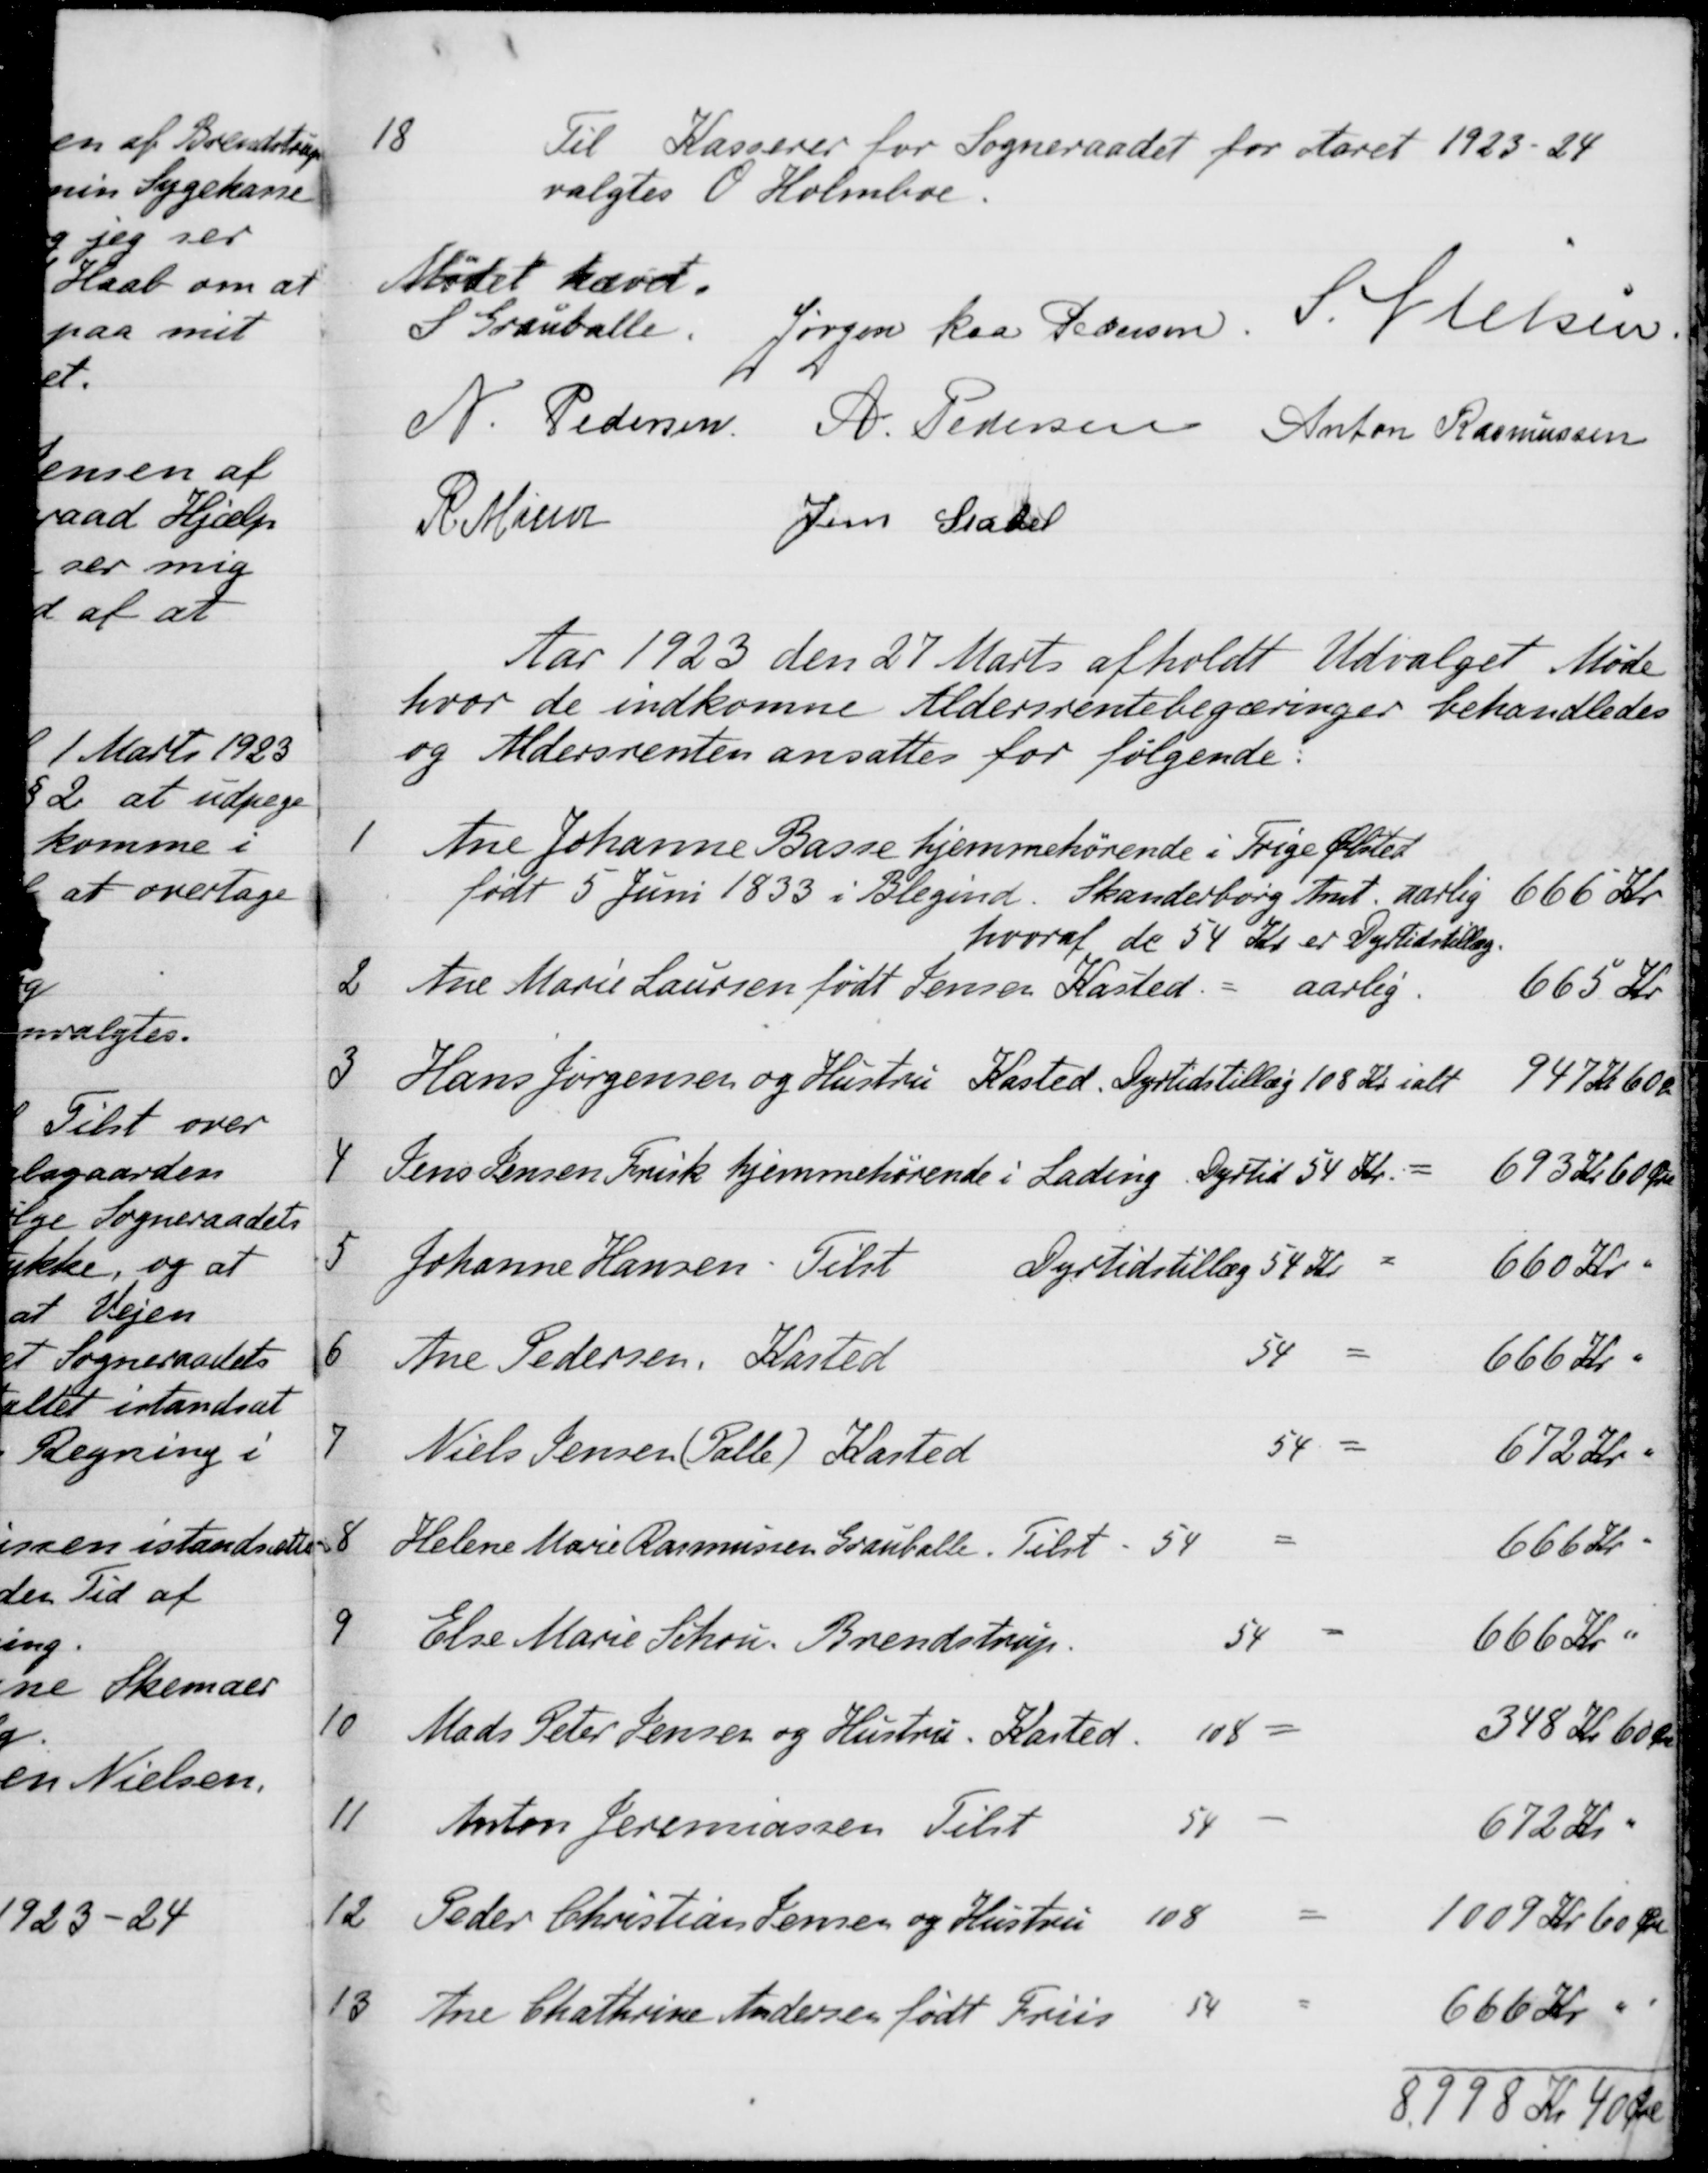
Transskription:
18
Til Kasserer for Sogneraadet for Aaret 1923-24
valgtes O. Holmboe.
Mødet hævet.
S Grauballe.
Jørgen Kaa Pedersen.
S. Nielsen.
N. Pedersen
A. Pedersen
Anton Rasmussen
R. Mainz
Jens Stabel
Aar 1923 den 27 Marts afholdt Udvalget Møde
hvor de indkomne Aldersrentebegæringer behandledes
og Aldersrenten ansattes for følgende:
1
Ane Johanne Basse hjemmehørende i Trige Ølsted
født 5 Juni 1833 i Blegind. Skanderborg Amt. aarlig 666 Kr.
hvoraf de 54 Kr. er Dyrtidstillæg.
2
Ane Marie Laursen født Jensen Kasted
aarlig
665 Kr
3
Hans Jørgensen og Hustru Kasted. Dyrtidstillæg 108 Kr. ialt
947 Kr. 60 Ø
4
Jens Jensen Frisk hjemmehørende i Lading Dyrtid 54 Kr
693 Kr 60 Øre
5
Johanne Hansen. Tils
54 Kr
660 Kr. "
6.
Ane Pedersen,Kasted
54
666 Kr. "
7
Niels Jensen (Palle) Kasted
54
672 Kr. "
8
Helene Marie Rasmussen Grauballe. Tilst
54
666 Kr "
9
Else Marie Schou, Brendstrup
54
666 Kr.
10
Mads Peter Jensen og Hustru. Kasted
108
348 Kr 60 Øre
11
Anton Jeremiassen Tilst
54
672 Kr "
12
Peder Christian Jensen og Hustru
108
1009 kr 60 Øre
13
Ane Chathrine Andersen født Friis
54
666 Kr "
8998 Kr 40 Øre